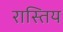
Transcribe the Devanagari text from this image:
रास्तिय